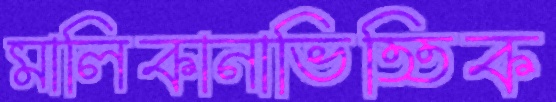
মালিকানাভিত্তিক